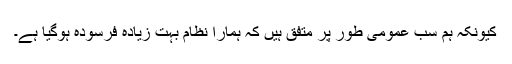
کیونکہ ہم سب عمومی طور پر متفق ہیں کہ ہمارا نظام بہت زیادہ فرسودہ ہوگیا ہے۔